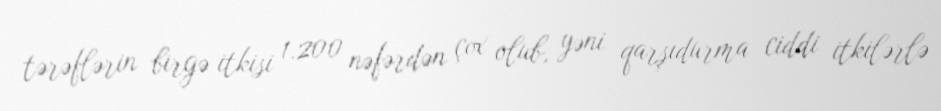
tərəflərin birgə itkisi 1.200 nəfərdən çox olub, yəni qarşıdurma ciddi itkilərlə